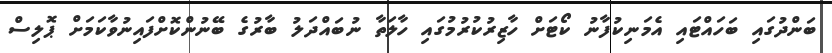
ބަންދުގައި ބަހައްޓައި އެމަނިކުފާނު ކޯޓަށް ހާޒިރުކުރުމުގައި ހާލަތާ ނުބައްދަލު ބާރުގެ ބޭނުންކޮށްފައިނުވާކަމަށް ޕޮލިސް